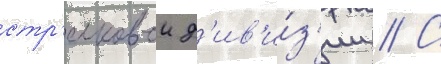
стр'елковои д'ив'и́з'ии // С